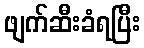
ဖျက်ဆီးခံရပြီး